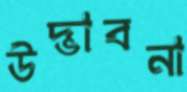
উদ্ভাবনা